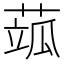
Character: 𦶍